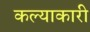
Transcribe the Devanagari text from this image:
कल्याकारी